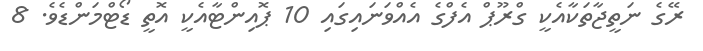
ރޭގެ ނަތީޖާތަކާއެކީ ގްރޫޕް އެފްގެ އެއްވަނައިގައި 10 ޕޮއިންޓާއެކީ އޮތީ ޑޯޓްމަންޑެވެ. 8